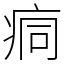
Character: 痌